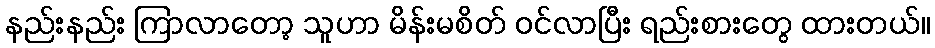
နည်းနည်း ကြာလာတော့ သူဟာ မိန်းမစိတ် ဝင်လာပြီး ရည်းစားတွေ ထားတယ်။